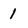
Character: 1